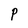
Character: P